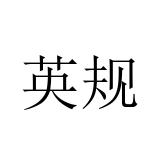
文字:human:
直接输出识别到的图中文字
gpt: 英规